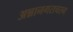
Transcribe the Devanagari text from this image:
अन्नानगराचरम